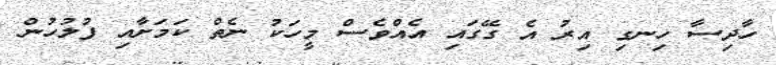
ހާދިސާ ހިނގި އިރު އެ ގޭގައި އެއްވެސް މީހަކު ނެތް ކަމަށާއި ފުލުހުން